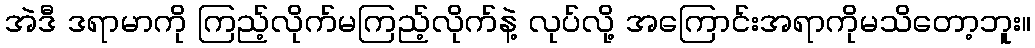
အဲဒီ ဒရာမာကို ကြည့်လိုက်မကြည့်လိုက်နဲ့ လုပ်လို့ အကြောင်းအရာကိုမသိတော့ဘူး။